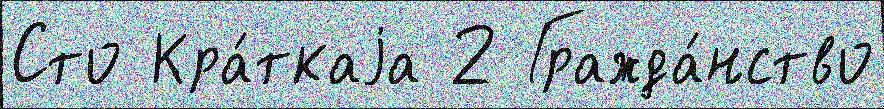
Сто Кра́ткаjа 2 Гражда́нство